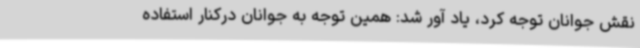
نقش جوانان توجه کرد، یاد آور شد: همین توجه به جوانان درکنار استفاده